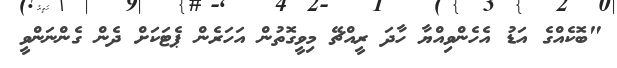
"ބޮކެއްގެ އަޑު އެހެންވިއްޔާ ހާދަ ރީއްޗޭ މިވީގޮތުން އަހަރެން ޕެޓަކަށް ދެން ގެންނަންވީ